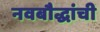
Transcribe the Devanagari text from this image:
नवबौद्धांची